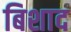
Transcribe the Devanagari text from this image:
बिशाद